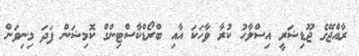
ރާއްޖޭގެ ޖޫޑިޝަރީ އިސްލާހު ކުރާ ވާހަކަ އާއި ބްރޯޑްކާސްޓިންގް ކޮމިޝަން ފަދަ މިނިވަން